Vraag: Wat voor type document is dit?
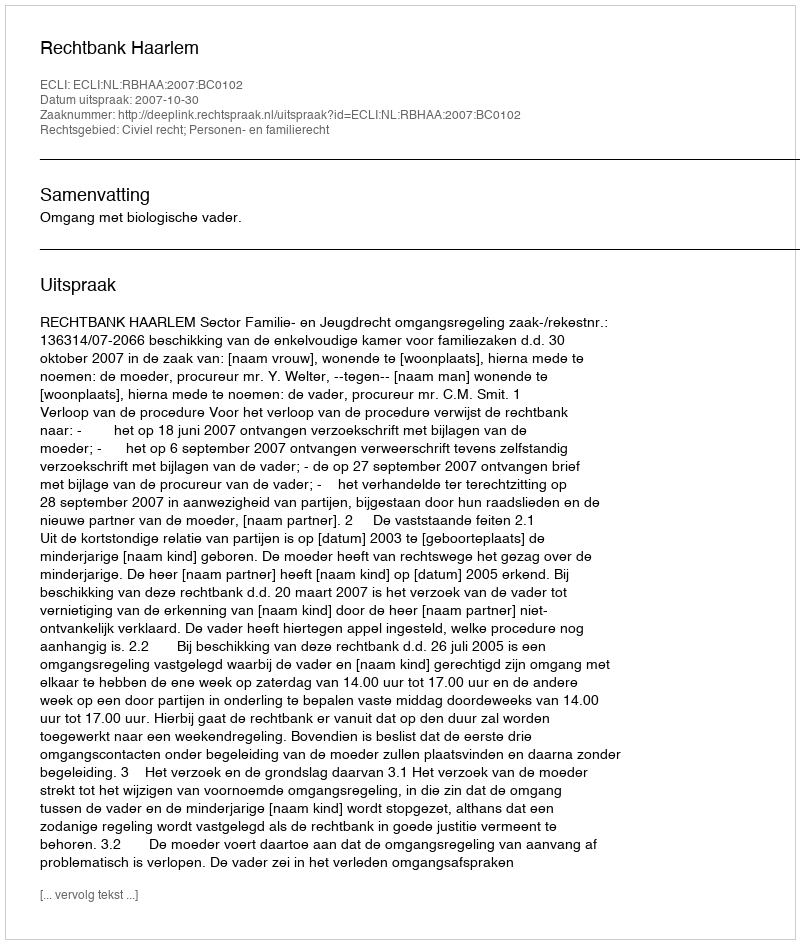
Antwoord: Uitspraak